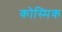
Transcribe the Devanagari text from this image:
कोस्मिक